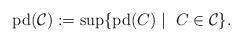
LaTeX: \begin{align*}{\rm pd}(\mathcal{C}) := {\rm sup}\{ {\rm pd}(C) \mid \ C \in \mathcal{C} \}.\end{align*}